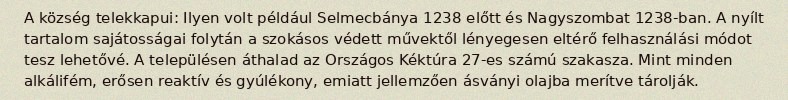
A község telekkapui: Ilyen volt például Selmecbánya 1238 előtt és Nagyszombat 1238-ban. A nyílt tartalom sajátosságai folytán a szokásos védett művektől lényegesen eltérő felhasználási módot tesz lehetővé. A településen áthalad az Országos Kéktúra 27-es számú szakasza. Mint minden alkálifém, erősen reaktív és gyúlékony, emiatt jellemzően ásványi olajba merítve tárolják.